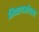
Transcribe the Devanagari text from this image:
मिथ्यागर्भावस्था